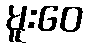
မူးဝေ